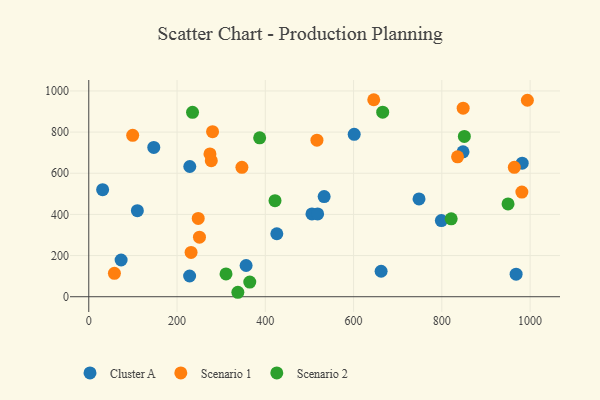
{"axis": {"x": "Ad Spend", "y": "Yield"}, "legend": ["Cluster A", "Scenario 1", "Scenario 2"], "data": [{"x": "73.3", "y": 178.5, "type": "Cluster A"}, {"x": "147.3", "y": 725.7, "type": "Cluster A"}, {"x": "798.9", "y": 370.1, "type": "Cluster A"}, {"x": "426.1", "y": 306.0, "type": "Cluster A"}, {"x": "982.1", "y": 649.2, "type": "Cluster A"}, {"x": "968.3", "y": 109.7, "type": "Cluster A"}, {"x": "31.4", "y": 520.0, "type": "Cluster A"}, {"x": "848.0", "y": 704.3, "type": "Cluster A"}, {"x": "110.1", "y": 418.3, "type": "Cluster A"}, {"x": "601.4", "y": 789.3, "type": "Cluster A"}, {"x": "228.9", "y": 632.8, "type": "Cluster A"}, {"x": "748.3", "y": 475.4, "type": "Cluster A"}, {"x": "356.5", "y": 151.7, "type": "Cluster A"}, {"x": "228.5", "y": 100.7, "type": "Cluster A"}, {"x": "505.7", "y": 402.2, "type": "Cluster A"}, {"x": "662.4", "y": 123.8, "type": "Cluster A"}, {"x": "533.3", "y": 486.8, "type": "Cluster A"}, {"x": "518.6", "y": 402.4, "type": "Cluster A"}, {"x": "250.8", "y": 289.5, "type": "Scenario 1"}, {"x": "58.1", "y": 113.9, "type": "Scenario 1"}, {"x": "964.2", "y": 628.9, "type": "Scenario 1"}, {"x": "347.0", "y": 629.0, "type": "Scenario 1"}, {"x": "277.6", "y": 661.2, "type": "Scenario 1"}, {"x": "645.7", "y": 957.3, "type": "Scenario 1"}, {"x": "981.3", "y": 508.4, "type": "Scenario 1"}, {"x": "993.8", "y": 954.8, "type": "Scenario 1"}, {"x": "835.6", "y": 679.9, "type": "Scenario 1"}, {"x": "274.6", "y": 693.7, "type": "Scenario 1"}, {"x": "848.3", "y": 916.2, "type": "Scenario 1"}, {"x": "231.8", "y": 215.4, "type": "Scenario 1"}, {"x": "280.5", "y": 801.9, "type": "Scenario 1"}, {"x": "517.0", "y": 760.9, "type": "Scenario 1"}, {"x": "248.0", "y": 380.3, "type": "Scenario 1"}, {"x": "99.5", "y": 784.2, "type": "Scenario 1"}, {"x": "235.1", "y": 896.0, "type": "Scenario 2"}, {"x": "950.0", "y": 450.7, "type": "Scenario 2"}, {"x": "851.0", "y": 778.9, "type": "Scenario 2"}, {"x": "422.0", "y": 466.7, "type": "Scenario 2"}, {"x": "666.0", "y": 896.8, "type": "Scenario 2"}, {"x": "364.8", "y": 71.0, "type": "Scenario 2"}, {"x": "337.8", "y": 21.6, "type": "Scenario 2"}, {"x": "387.2", "y": 772.1, "type": "Scenario 2"}, {"x": "821.2", "y": 378.7, "type": "Scenario 2"}, {"x": "311.0", "y": 110.9, "type": "Scenario 2"}]}